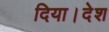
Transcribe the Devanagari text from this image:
दिया।देश